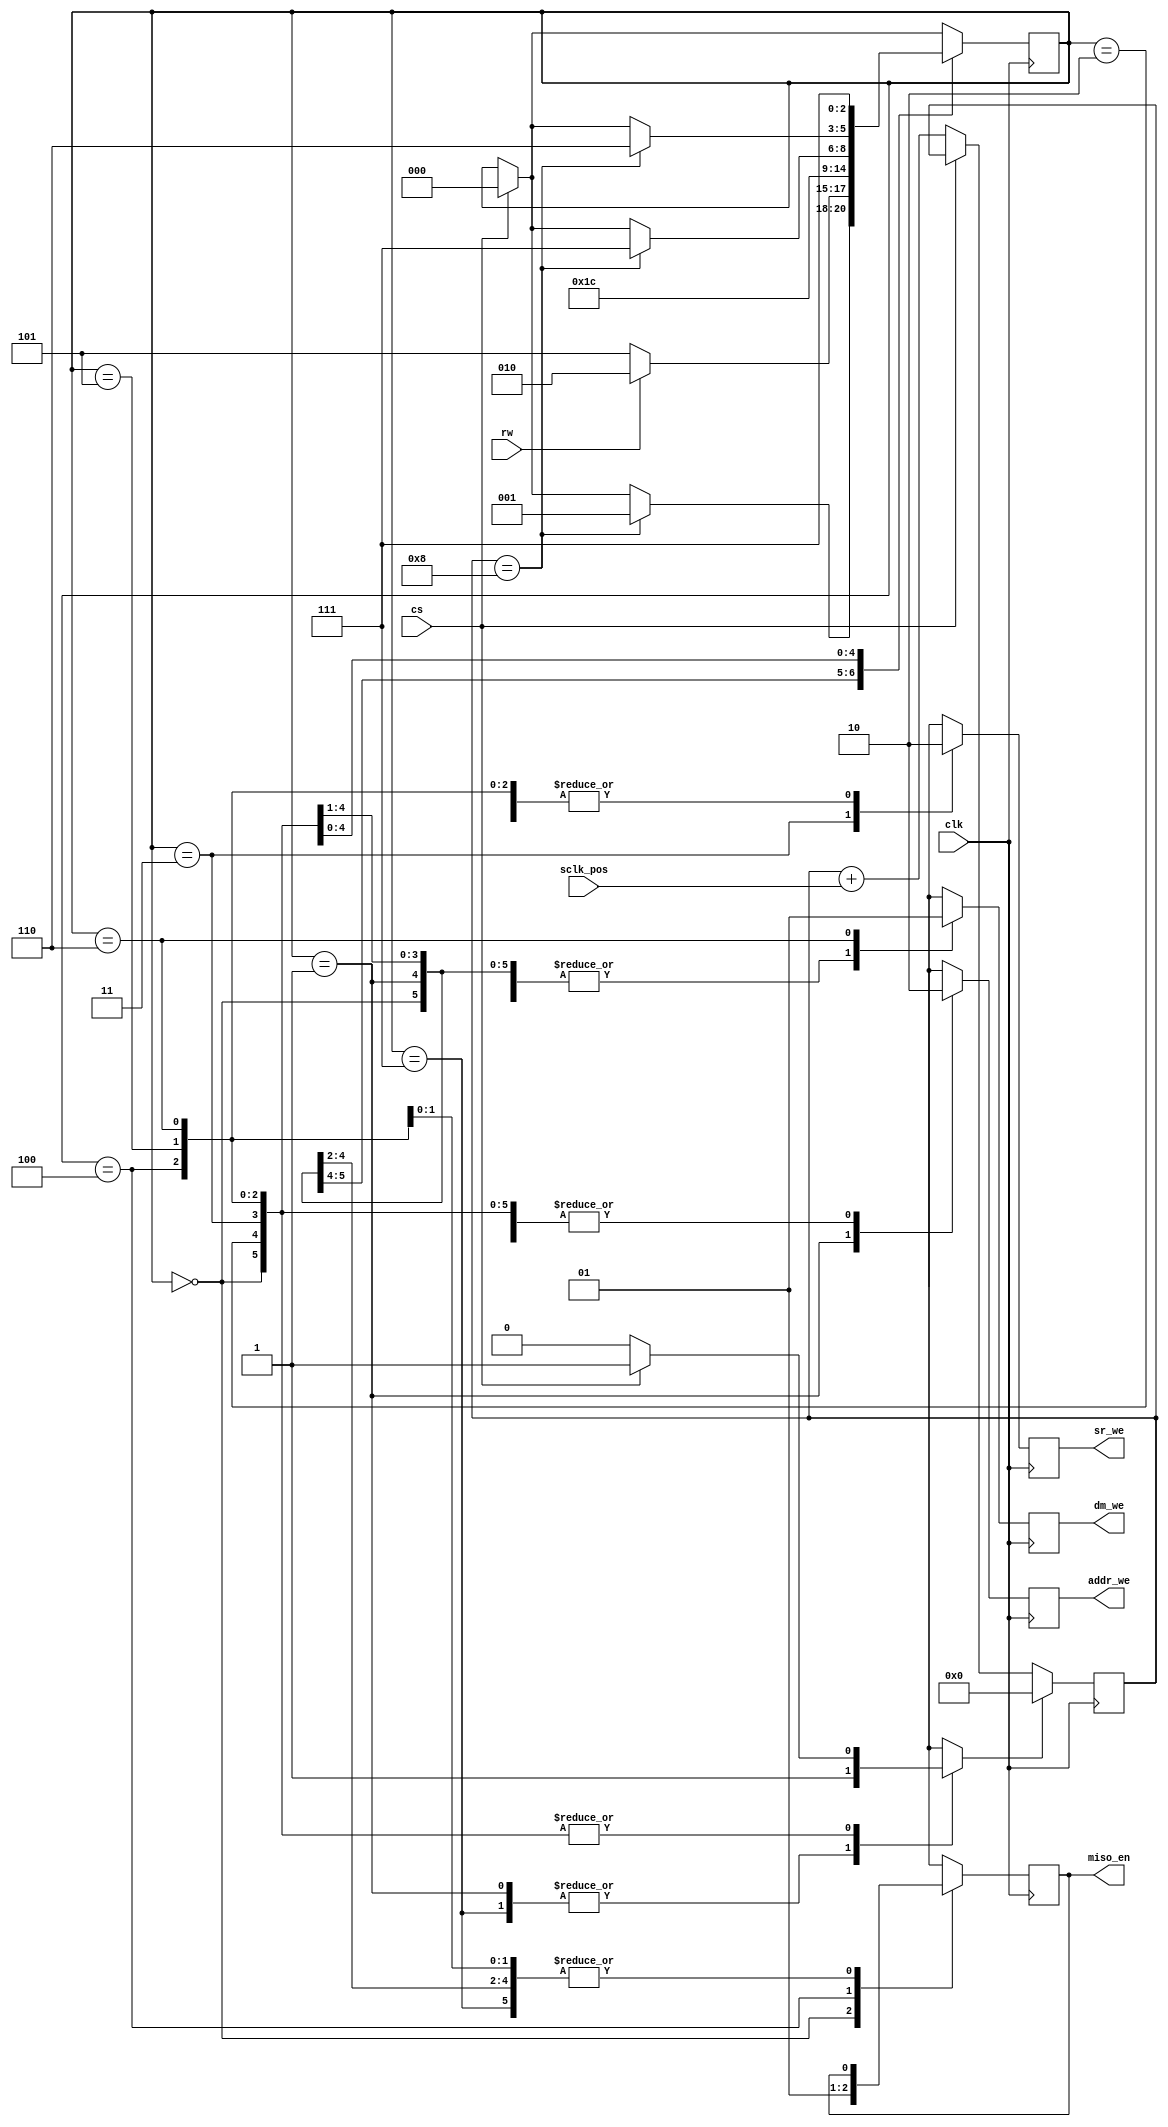
// Follows diagram provided in lab handout
module finitestatemachine(clk, cs, sclk_pos, rw, sr_we, dm_we, addr_we, miso_en);
input clk;
input cs;
input sclk_pos;
input rw;
output reg sr_we;
output reg dm_we;
output reg addr_we;
output reg miso_en;

parameter state_GET = 0;
parameter state_GOT = 1;
parameter state_READ_1 = 2;
parameter state_READ_2 = 3;
parameter state_READ_3 = 4;
parameter state_WRITE_1 = 5;
parameter state_WRITE_2 = 6;
parameter state_DONE = 7;

reg[3:0] count = 0;
reg[2:0] state = state_GET;

reg reset_count;

always @(posedge clk) begin
if (!cs) begin
    count <= count + sclk_pos;
end
sr_we = 0;
dm_we = 0;
addr_we = 0;
reset_count = 0;

if (cs) begin
    reset_count = 1;
    state <= state_GET;
end

case (state)
    state_DONE: 
        begin
            reset_count = 1;
        end
    state_GET:
        begin
            miso_en = 0;
            if (count == 8) begin
                state <= state_GOT;
            end
        end
    state_GOT:
        begin
            reset_count = 1;
            addr_we = 1;
            if (rw) begin
                state <= state_READ_1;
            end
            else begin
                state <= state_WRITE_1;
            end
        end
    state_READ_1:
       begin
            state <= state_READ_2;
        end 
    state_READ_2:
        begin
            sr_we = 1;
            state <= state_READ_3;
        end
    state_READ_3:
        begin
            miso_en = 1;
            if (count == 8) begin
                state <= state_DONE;
            end
        end
    state_WRITE_1:
        begin
            if (count == 8) begin
                state <= state_WRITE_2;
            end
        end
    state_WRITE_2:
        begin
            dm_we = 1;
            state <= state_DONE;
        end
endcase

if (reset_count) begin
    count <= 0;
end

end
endmodule

module finitestatemachine_breakable(clk, cs, sclk_pos, rw, sr_we, dm_we, addr_we, miso_en, faultactive);
input clk;
input cs;
input sclk_pos;
input rw;
output reg sr_we;
output reg dm_we;
output reg addr_we;
output reg miso_en;
input faultactive;

parameter state_GET = 0;
parameter state_GOT = 1;
parameter state_READ_1 = 2;
parameter state_READ_2 = 3;
parameter state_READ_3 = 4;
parameter state_WRITE_1 = 5;
parameter state_WRITE_2 = 6;
parameter state_DONE = 7;

reg[3:0] count = 0;
reg[2:0] state = state_GET;

reg reset_count;

always @(posedge clk) begin
if (!cs) begin
    count <= count + sclk_pos;
end
sr_we = 0;
dm_we = 0;
addr_we = 0;
reset_count = 0;

if (cs) begin
    reset_count = 1;
    state <= state_GET;
end

case (state)
    state_DONE: 
        begin
            reset_count = 1;
        end
    state_GET:
        begin
            miso_en = 0;
            if (count == 8) begin
                state <= state_GOT;
            end
        end
    state_GOT:
        begin
            reset_count = 1;
            addr_we = 1;
            if (rw) begin
                state <= state_READ_1;
            end
            else begin
                state <= state_WRITE_1;
            end
        end
    state_READ_1:
       begin
            state <= state_READ_2;
        end 
    state_READ_2:
        begin
            sr_we = 1;
            state <= state_READ_3;
        end
    state_READ_3:
        begin
            miso_en = 1;
            if (count == 8) begin
                state <= state_DONE;
            end
        end
    state_WRITE_1:
        begin
            if (count == 8) begin
                state <= state_WRITE_2;
            end
        end
    state_WRITE_2:
        begin
            dm_we = 1;
            state <= state_DONE;
        end
endcase

if (reset_count) begin
    count <= 0;
end

end
endmodule